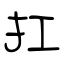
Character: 扛